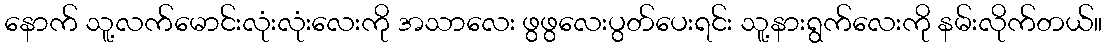
နောက် သူ့လက်မောင်းလုံးလုံးလေးကို အသာလေး ဖွဖွလေးပွတ်ပေးရင်း သူ့နားရွက်လေးကို နမ်းလိုက်တယ်။